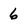
Character: 6